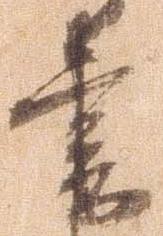
書